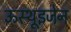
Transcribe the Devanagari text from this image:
ऊस्थूइजेन